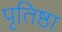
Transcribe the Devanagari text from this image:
पृतिष्ठा